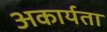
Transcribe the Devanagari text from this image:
अकार्यता